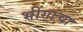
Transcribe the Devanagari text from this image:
भींगांचा